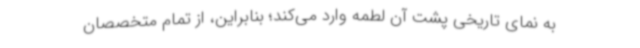
به نمای تاریخی پشت آن‌ لطمه وارد می‌کند؛ بنابراین، از تمام متخصصان